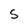
Character: S